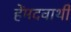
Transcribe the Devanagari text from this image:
हेंमदवाथी